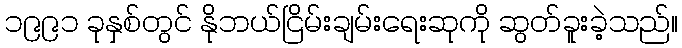
၁၉၉၁ ခုနှစ်တွင် နိုဘယ်ငြိမ်းချမ်းရေးဆုကို ဆွတ်ခူးခဲ့သည်။